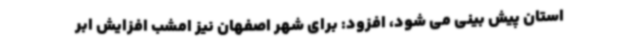
استان پیش بینی می شود، افزود: برای شهر اصفهان نیز امشب افزایش ابر